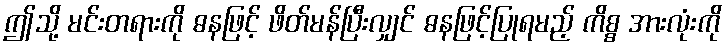
ဤသို့ မင်းတရားကို ဓနဖြင့် ဖိတ်မန်ပြီးလျှင် ဓနဖြင့်ပြုရမည့် ကိစ္စ အားလုံးကို